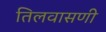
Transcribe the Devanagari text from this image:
तिलवासणी